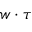
w \cdot \tau